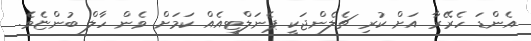
އެންޑަ ހެރޭރާ އަށް ކުރި ޗެލެންޖަކީ ޕެނަލްޓީއެއް ކަމަށް ވެން ހާލް ބުންޏެވެ.